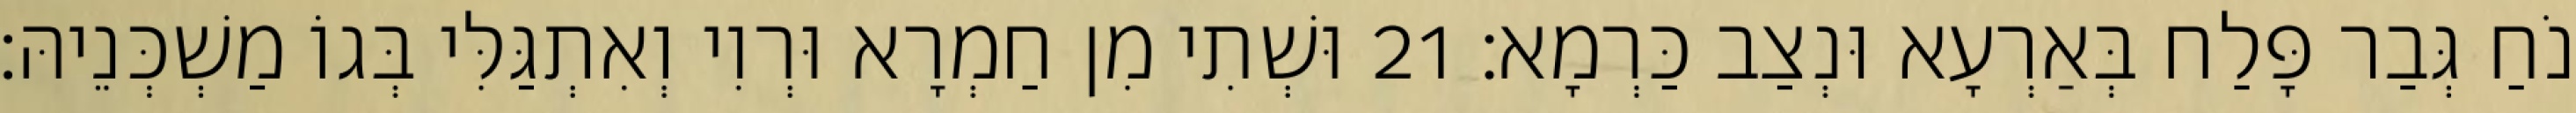
נֹחַ גְּבַר פָּלַח בְּאַרְעָא וּנְצַב כַּרְמָא׃ 21 וּשְׁתִי מִן חַמְרָא וּרְוִי וְאִתְגַּלִּי בְּגוֹ מַשְׁכְּנֵיהּ׃